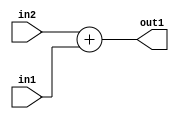
`timescale 1ps / 1ps
/*****************************************************************************
    Verilog RTL Description
    
    Generated at: 11:32:36 EST (-0500), Wednesday 18 November 2020
    Generated on: zhang-x1.ece.cornell.edu
    Generated by: jl3952 (Jie Liu)
    
    Created by: Stratus DpOpt 2017.1.02 
    Copyright (c) 2014-2015 Cadence Design Systems. All rights reserved worldwide.
    
    Cadence Design Systems proprietary and confidential
    ===================================================
    
    May contain information that incorporates Cadence Design Systems CellMath
    and other inventions claimed in Pending U.S. Patents.
    
    May contain Cadence Design Systems Trade Secrets of which use, disclosure or
    reproduction is contractually restricted or prohibited.  For more
    information, contact your legal department before any use, disclosure or
    reproduction.
*******************************************************************************/

module dut_Add_4U_1_4 (
	in2,
	in1,
	out1
	); /* architecture "behavioural" */ 
input [3:0] in2,
	in1;
output [3:0] out1;
wire [3:0] asc001;

assign asc001 = 
	+(in2)
	+(in1);

assign out1 = asc001;
endmodule

/* CADENCE  urbyQwk= : u9/ySgnYtBlWxVDRUQkU4ug= ** DO NOT EDIT THIS LINE ******/